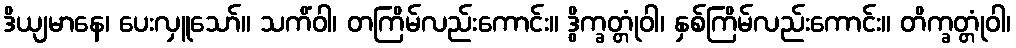
ဒိယျမာနေ၊ ပေးလှူသော်။ သကိံဝါ၊ တကြိမ်လည်းကောင်း။ ဒွိက္ခတ္တုံဝါ၊ နှစ်ကြိမ်လည်းကောင်း။ တိက္ခတ္တုံဝါ၊